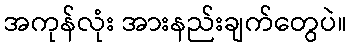
အကုန်လုံး အားနည်းချက်တွေပဲ။